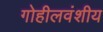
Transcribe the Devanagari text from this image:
गोहीलवंशीय